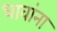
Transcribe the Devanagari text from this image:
धावांना